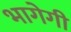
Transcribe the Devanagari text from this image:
भागेगी